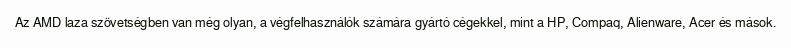
Az AMD laza szövetségben van még olyan, a végfelhasználók számára gyártó cégekkel, mint a HP, Compaq, Alienware, Acer és mások.